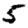
Digit: 5